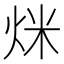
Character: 𤇿